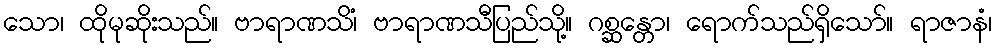
သော၊ ထိုမုဆိုးသည်။ ဗာရာဏသိံ၊ ဗာရာဏသီပြည်သို့။ ဂစ္ဆန္တော၊ ရောက်သည်ရှိသော်။ ရာဇာနံ၊